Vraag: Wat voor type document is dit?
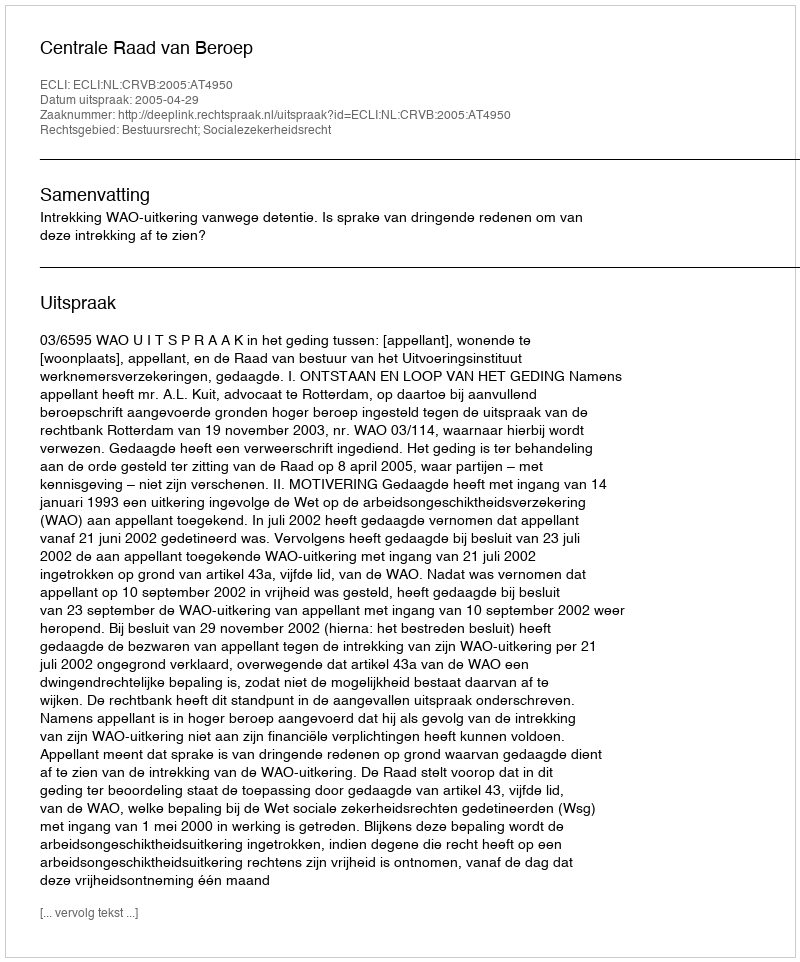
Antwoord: Uitspraak